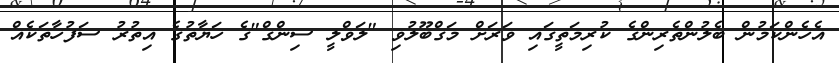
އެހެންކަމުން ބެލުންތެރިންގެ ކުރިމަތީގައި ވަރަށް މަގްބޫލުވި "ލަވްލީ ސިންގް"ގެ ހަޔާތުގެ އިތުރު ސަފުހާތަކެއް